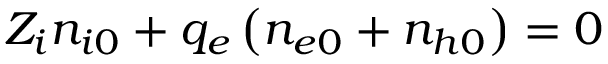
Z _ { i } n _ { i 0 } + q _ { e } \left( n _ { e 0 } + n _ { h 0 } \right) = 0